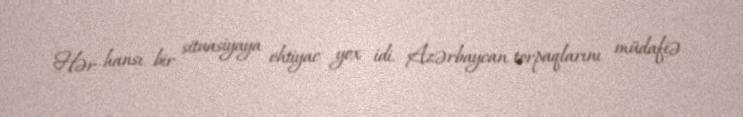
Hər hansı bir situasiyaya ehtiyac yox idi. Azərbaycan torpaqlarını müdafiə